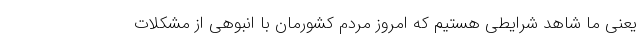
یعنی ما شاهد شرایطی هستیم که امروز مردم کشورمان با انبوهی از مشکلات